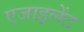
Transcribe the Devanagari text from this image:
एजाइलेंट